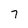
Character: 7